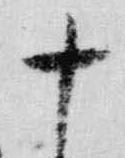
十